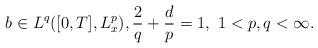
LaTeX: \begin{align*}b\in L^q([0,T],L^p_x), \frac{2}{q}+\frac{d}{p} =1, \ 1<p,q<\infty.\end{align*}